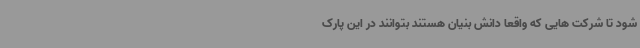
شود تا شرکت هایی که واقعاً‌ دانش بنیان هستند بتوانند در این پارک